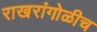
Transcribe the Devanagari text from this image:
राखरांगोळीच